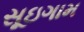
સૂઇગામ